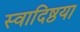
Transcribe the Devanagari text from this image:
स्वादिष्ठया